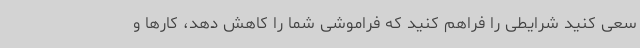
سعی کنید شرایطی را فراهم کنید که فراموشی شما را کاهش دهد، کارها و